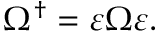
\Omega ^ { \dagger } = \varepsilon \Omega \varepsilon .